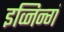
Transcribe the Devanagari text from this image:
इव्निन्गं